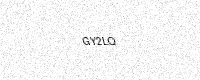
Text: GY2LQ